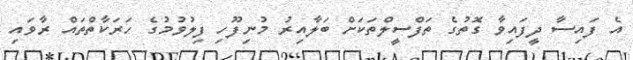
އެ ފައިސާ ދީފައިވާ ގޮތުގެ ތަފްސީލްތަކަށް ބަލާއިރު މުނިފޫހި ފިލުވުމުގެ ހަރަކާތްތައް ރާވައި